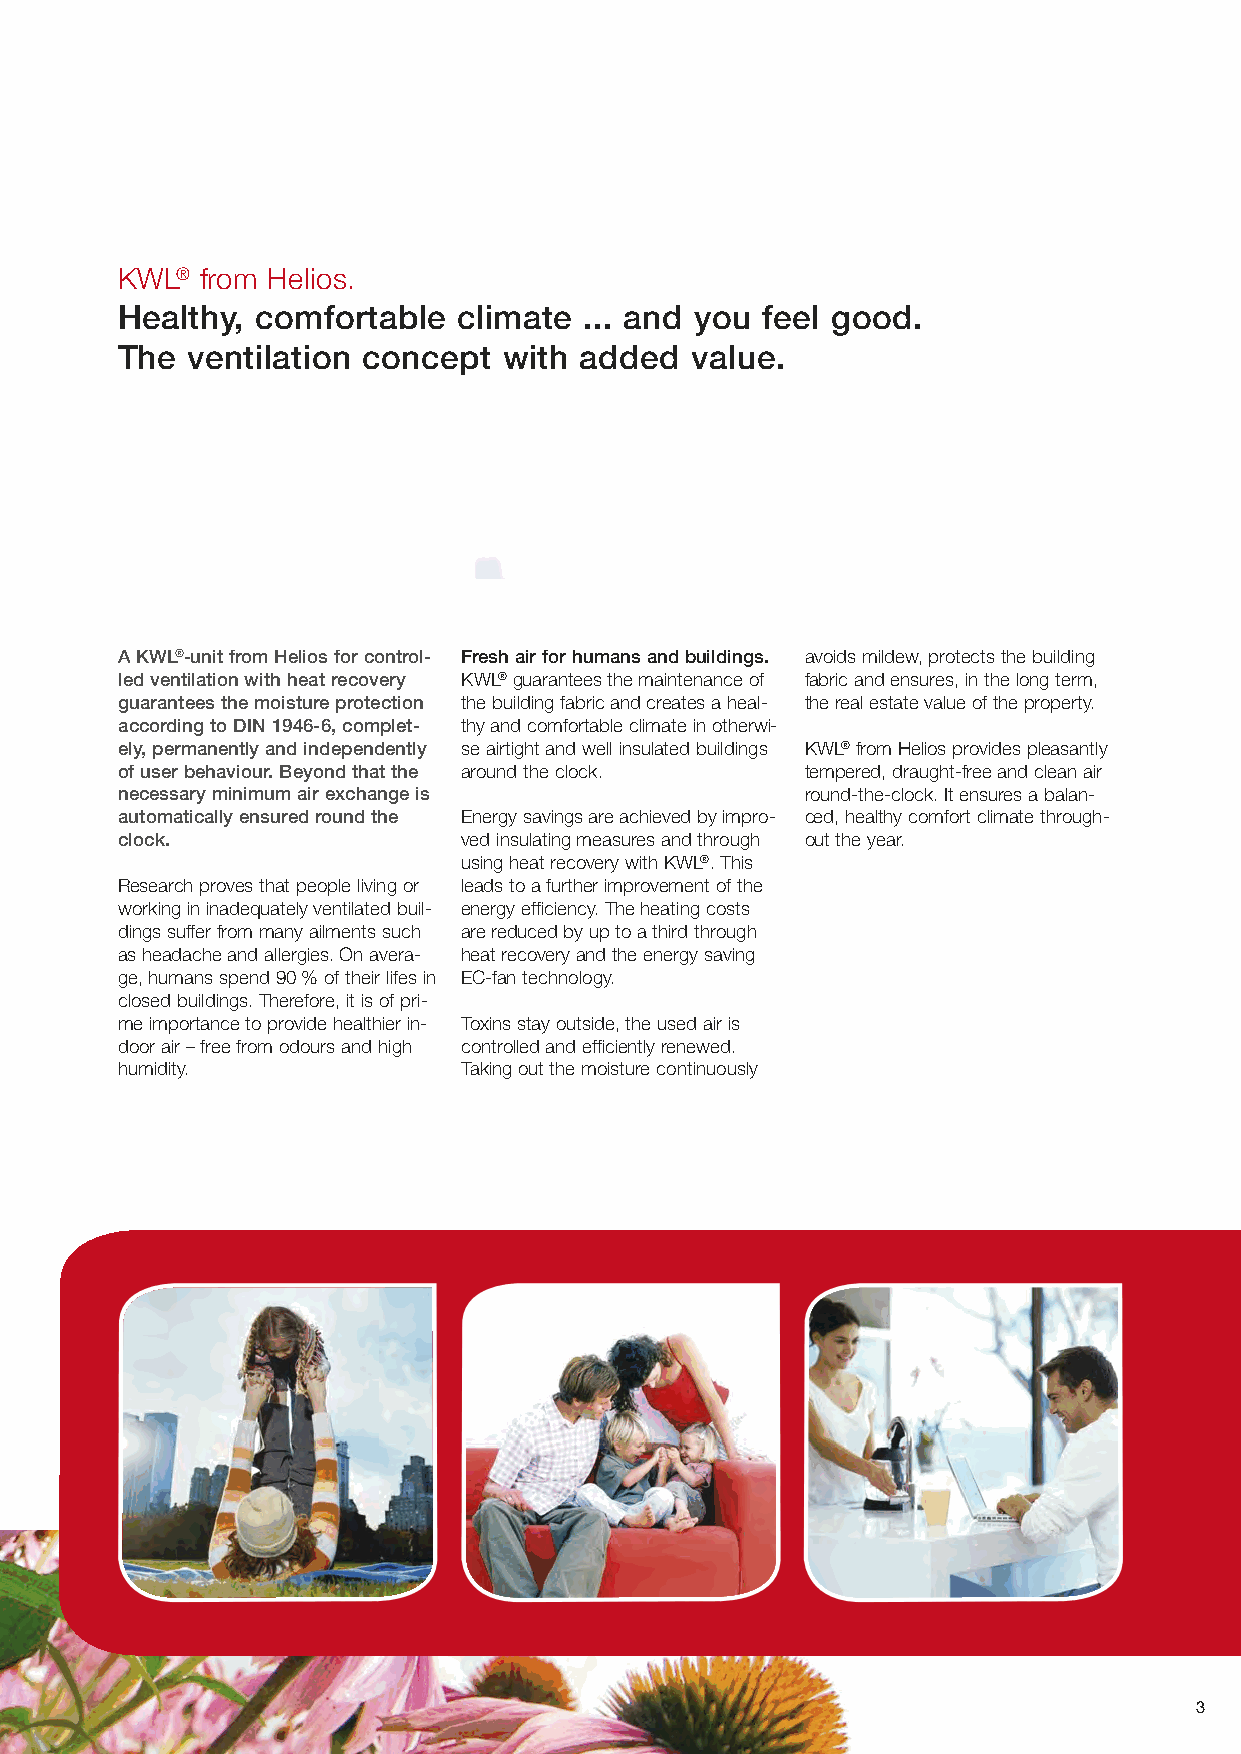
KWL® from Helios.
 Healthy, comfortable  climate  ... and you feel good.
 The ventilation concept  with added   value.
 A KWL®-unit from Helios for control- Fresh air for humans and buildings. avoids mildew, protects the building
 led ventilation with heat recovery KWL®guarantees the maintenance of fabric and ensures, in the long term,
 guarantees the moisture protection the building fabric and creates a heal- the real estate value of the property.
 according to DIN 1946-6, complet- thy and comfortable climate in otherwi-
 ely, permanently and independently se airtight and well insulated buildings KWL®from Helios provides pleasantly
 of user behaviour. Beyond that the around the clock. tempered, draught-free and clean air
 necessary minimum air exchange is            round-the-clock. It ensures a balan-
 automatically ensured round the Energy savings are achieved by impro- ced, healthy comfort climate through-
 clock.                 ved insulating measures and through out the year.
 using heat recovery with KWL®. This
 Research proves that people living or leads to a further improvement of the
 working in inadequately ventilated buil- energy efficiency. The heating costs
 dings suffer from many ailments such are reduced by up to a third through
 as headache and allergies. On avera- heat recovery and the energy saving
 ge, humans spend 90 % of their lifes in EC-fan technology.
 closed buildings. Therefore, it is of pri-
 me importance to provide healthier in- Toxins stay outside, the used air is
 door air – free from odours and high controlled and efficiently renewed.
 humidity.              Taking out the moisture continuously
 3